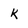
Character: K